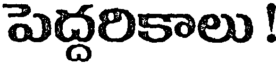
పెద్దరికాలు !